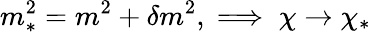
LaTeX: m_{*}^{2}=m^{2}+\delta m^{2},\implies\chi\to\chi_{*}